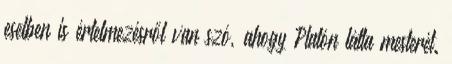
esetben is értelmezésről van szó, ahogy Platón látta mesterét.